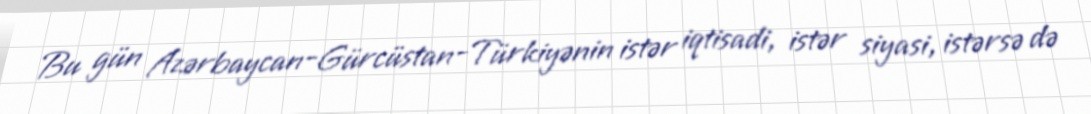
Bu gün Azərbaycan-Gürcüstan-Türkiyənin istər iqtisadi, istər siyasi, istərsə də